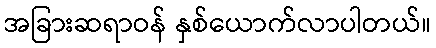
အခြားဆရာဝန် နှစ်ယောက်လာပါတယ်။